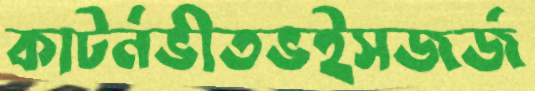
কাটর্নভীতভইসজর্জ